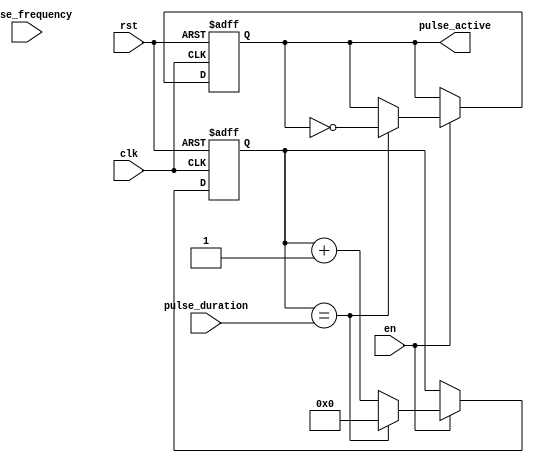
module SimplePulseGenerator (
    input wire clk,
    input wire rst,
    input wire en,
    input wire [31:0] pulse_duration,
    input wire [31:0] pulse_frequency,
    output wire pulse_active
);

reg [31:0] pulse_counter;
reg pulse_state;

always @(posedge clk or posedge rst) begin
    if(rst) begin
        pulse_counter <= 0;
        pulse_state <= 0;
    end else if(en) begin
         pulse_counter <= pulse_counter + 1;
         if(pulse_counter == pulse_duration) begin
             pulse_counter <= 0;
             pulse_state <= ~pulse_state;
         end
    end
end

assign pulse_active = pulse_state;

endmodule